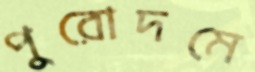
পুরোদমে